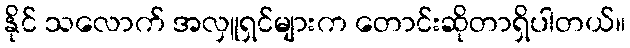
နိုင် သလောက် အလှူရှင်များက တောင်းဆိုတာရှိပါတယ်။